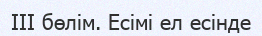
ІІІ бөлім. Есімі ел есінде